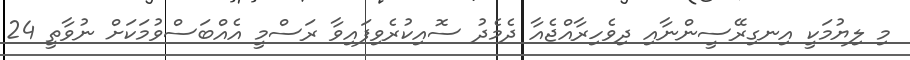
މި ލިޔުމަކީ އިނގިރޭސީންނާއި ދިވެހިރާއްޖެއާ ދެމެދު ސޮއިކުރެވިފައިވާ ރަސްމީ އެއްބަސްވުމަކަށް ނުވާތީ 24